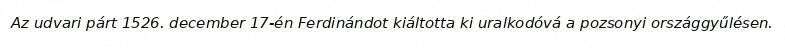
Az udvari párt 1526. december 17-én Ferdinándot kiáltotta ki uralkodóvá a pozsonyi országgyűlésen.